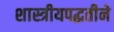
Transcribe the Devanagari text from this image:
शास्त्रीयपद्धतीने